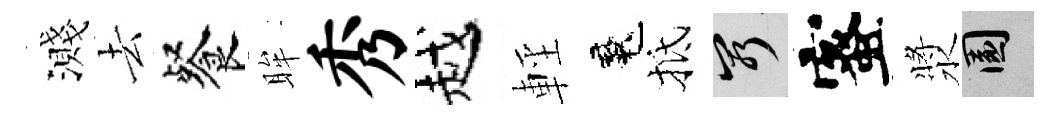
濺去餐眸秀越輕魂抵窮蜜漿園